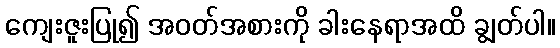
ကျေးဇူးပြု၍ အဝတ်အစားကို ခါးနေရာအထိ ချွတ်ပါ။